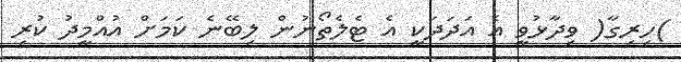
)ހިރިގާ( ވިދާޅުވީ އެ އަދަދަކީ އެ ޓެލެތޯނުން ލިބޭނެ ކަމަށް އުއްމީދު ކުރި